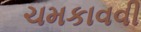
ચમકાવવી